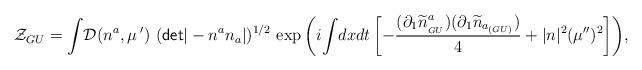
LaTeX: \begin{align*}{\cal Z}_{GU} = {\displaystyle \int} {\cal D}(n^{a}, \mu^{\;\prime}) ~({\sf det}|-n^an_a|)^{1/2} ~{\exp {\left(i{\displaystyle \int} dxdt \left [ - \frac{\displaystyle (\partial_1{\widetilde n}^a_{_{GU}}) (\partial_1{\widetilde n}_{a_{(GU)}})}{\displaystyle 4} + |n|^2(\mu^{\prime\prime})^2\right]\right)}},\end{align*}